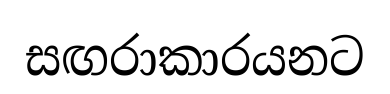
සඟරාකාරයනට